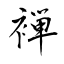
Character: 褝